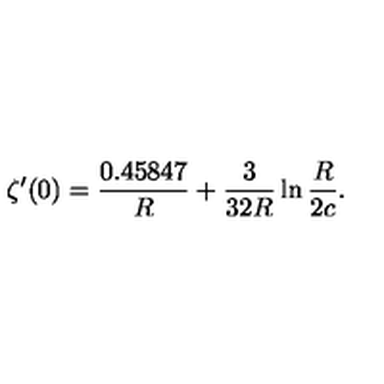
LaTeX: \zeta ^ { \prime } ( 0 ) = \frac { 0 . 4 5 8 4 7 } { R } + \frac { 3 } { 3 2 R } \ln \frac { R } { 2 c } .